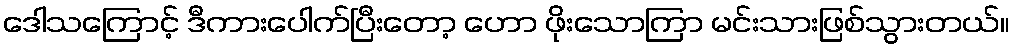
ဒေါသကြောင့် ဒီကားပေါက်ပြီးတော့ ဟော ဖိုးသောကြာ မင်းသားဖြစ်သွားတယ်။